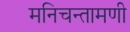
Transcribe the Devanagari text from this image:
मनिचन्तामणी